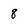
Character: 8